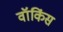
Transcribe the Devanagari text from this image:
वॉकिंस